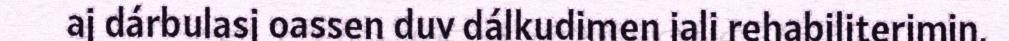
aj dárbulasj oassen duv dálkudimen jali rehabiliterimin.